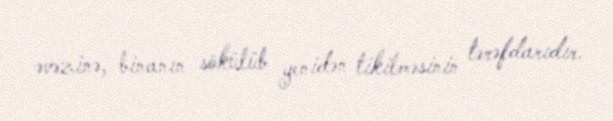
əvəzinə, binanın sökülüb yenidən tikilməsinin tərəfdarıdır.